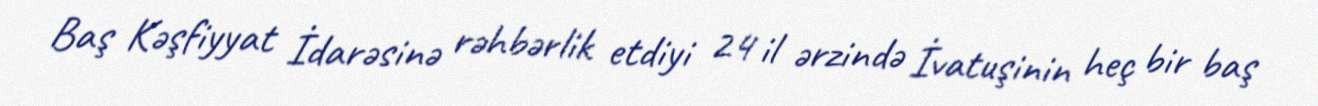
Baş Kəşfiyyat İdarəsinə rəhbərlik etdiyi 24 il ərzində İvatuşinin heç bir baş